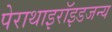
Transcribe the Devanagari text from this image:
पेराथाइरॉइडजन्य